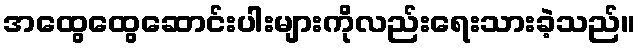
အထွေထွေဆောင်းပါးများကိုလည်းရေးသားခဲ့သည်။